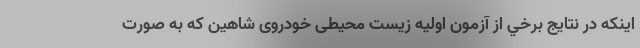
اینکه در نتايج برخي از آزمون اولیه زیست محیطی خودروی شاهین كه به صورت